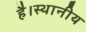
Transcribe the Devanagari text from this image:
है।स्थानीय